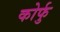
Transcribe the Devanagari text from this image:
कोर्फु